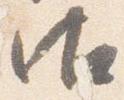
御